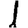
Digit: 1